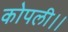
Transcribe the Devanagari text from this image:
कोपली।।